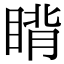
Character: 𬑜